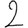
Digit: 2